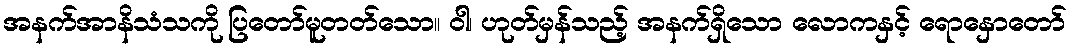
အနက်အာနိသံသကို ပြတော်မူတတ်သော။ ဝါ၊ ဟုတ်မှန်သည့် အနက်ရှိသော လောကနှင့် ရောနှောတော်